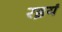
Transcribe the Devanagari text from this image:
रइयं